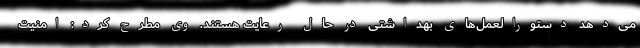
می‌دهد دستورالعمل‌های بهداشتی در حال رعایت هستند. وی مطرح کرد: امنیت